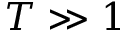
T \gg 1